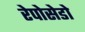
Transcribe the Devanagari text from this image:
रेपोसेडो